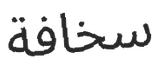
سخافة